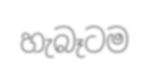
හැබෑටම